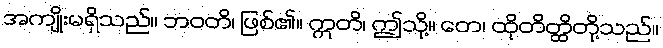
အကျိုးမရှိသည်။ ဘဝတိ၊ ဖြစ်၏။ ဣတိ၊ ဤသို့။ တေ၊ ထိုတိတ္ထိတို့သည်။